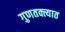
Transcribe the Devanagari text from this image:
गुणतक्त्यात